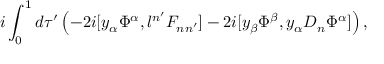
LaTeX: i \int _ { 0 } ^ { 1 } d \tau ^ { \prime } \left( - 2 i [ y _ { \alpha } \Phi ^ { \alpha } , l ^ { n ^ { \prime } } F _ { n n ^ { \prime } } ] - 2 i [ y _ { \beta } \Phi ^ { \beta } , y _ { \alpha } D _ { n } \Phi ^ { \alpha } ] \right) ,